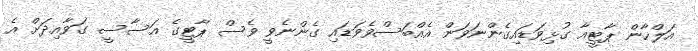
އަލްހާން ޕާޓީއާ ގުޅިވަޑައިގެންނަވަން އެއްބަސްވެވަޑައި ގެންނެވީ ވެސް ޕާޓީގެ އަސާސީ ގަވާއިދަށް އެ